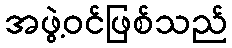
အဖွဲ့ဝင်ဖြစ်သည်